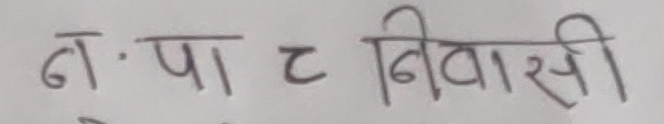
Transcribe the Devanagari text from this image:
न. पा ~ निवासी